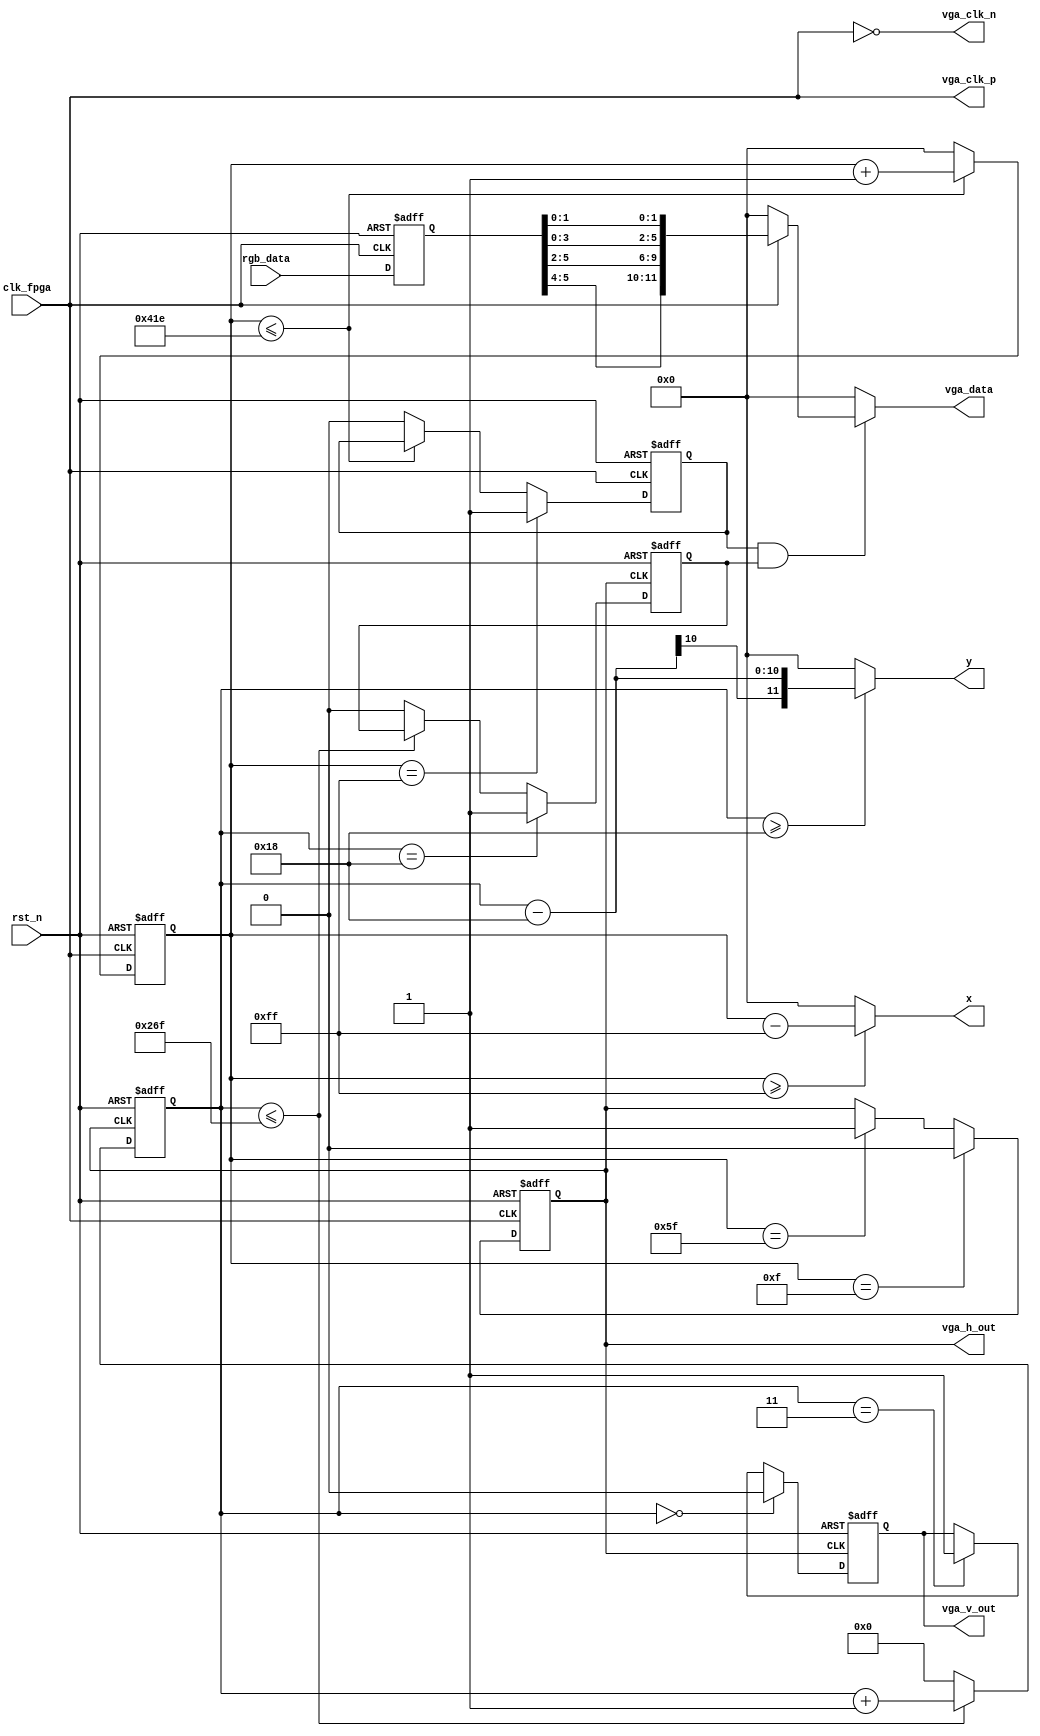

//800x600
module vga_out(
	 input clk_fpga,
    input rst_n,
 // input rst,
	 output vga_clk_p,
    output vga_clk_n,
    output vga_h_out,
    output vga_v_out,
    output [11:0] vga_data,
	output reg [11:0] x,
	output reg [11:0] y,
    input [5:0] rgb_data
    );
	 
wire rst1=!rst_n;

/*
//DVI clock generation
diff_clk_gen diff_clk_gen_i(
    .clk_in     (clk_fpga),
	 .rst_in     (rst1),
	 .clk0_out   (vga_clk_p),
	 .clk180_out (vga_clk_n)
);
*/

	assign vga_clk_p = clk_fpga;
	assign vga_clk_n = ~clk_fpga;

reg vga_hs;
reg vga_vs;			
/*
//800x600, 60Hz, clk=40MHz

parameter h_front=40;
parameter h_syn=128;
parameter h_back=88;
parameter h_act=800;

parameter v_front=1;
//parameter v_syn=9;
//parameter v_back=18;
parameter v_syn=4;
parameter v_back=23;
parameter v_act=600;
reg [23:0] rgb_data0;
*/

//800x600, 75Hz, clk=49.5MHz

parameter h_front=16;
parameter h_syn=80;
parameter h_back=160;
parameter h_act=800;

parameter v_front=1;
parameter v_syn=3;
parameter v_back=21;
parameter v_act=600;
reg [5:0] rgb_data0;


always@(posedge clk_fpga or negedge rst_n)
if(!rst_n) rgb_data0<=6'h0;
else rgb_data0<=rgb_data;



reg [11:0] h_count;
reg h_action;
always@(posedge clk_fpga or negedge rst_n)
if(!rst_n)
	begin
	h_count<=12'b0;
	vga_hs<=1'b1;
	h_action<=1'b0;
	end
else
	begin
	if(h_count<=h_front+h_syn+h_back+h_act-2)
		h_count<=h_count+1'b1;
	else
		begin
		h_count<=12'b0;
		h_action<=1'b0;
		end
	if(h_count==h_front-1)
		vga_hs<=1'b0;
	else if(h_count==h_front+h_syn-1)
		vga_hs<=1'b1;
	if(h_count==h_front+h_syn+h_back-1)
		h_action<=1'b1;		
	end
	

reg [9:0] v_count;
reg v_action;
always@(posedge vga_hs or negedge rst_n)
if(!rst_n)
	begin
	v_count<=10'b0;
	vga_vs<=1'b1;
	v_action<=1'b0;
	end
else
	begin
	if(v_count<=v_front+v_syn+v_back+v_act-2)
		v_count<=v_count+1'b1;
	else
		begin
		v_count<=10'b0;
		v_action<=1'b0;
		end
	if(v_count==v_front-1)
		vga_vs<=1'b0;
	else if(v_count==v_front+v_syn-1)
		vga_vs<=1'b1;
	if(v_count==v_front+v_syn+v_back-1)
		v_action<=1'b1;
	end
	
	
//x, y for block memory
//reg [11:0] x;
//reg [11:0] y;

always@(h_count or v_count)
begin
	if(h_count >= h_front+h_syn+h_back-1)
		x = h_count - (h_front+h_syn+h_back-1);
	else
		x = 0;
	if(v_count>=v_front+v_syn+v_back-1)
		y = v_count - (v_front+v_syn+v_back-1);
	else
		y = 0;
end
	

assign vga_h_out=vga_hs;
assign vga_v_out=vga_vs;

wire vga_de_out;

assign vga_de_out=h_action&v_action;
wire [11:0] rgb_data1;
assign rgb_data1=(clk_fpga==1'b1)?{rgb_data0[5:4],rgb_data0[5:4],rgb_data0[3:2],rgb_data0[3:2],rgb_data0[1:0],rgb_data0[1:0]}:12'd0;

reg [31:0]count_w,count_r;

always@(posedge clk_fpga or negedge rst_n)begin
  if(!rst_n)begin
    count_r <= 31'b0;
  end
  else begin
    count_r <= count_w;
  end
end
//jay
/*
always@(*)begin
  count_w = count_r + 1'b1;
end

always@(*)begin
  if(valid)
    count_w = {rgb_data,20'b0};
  else
    count_w = count_r;
end
*/

//for test
assign vga_data=vga_de_out?(rgb_data1):12'h0;
//assign vga_data=vga_de_out?{rgb_data[23:20],rgb_data[15:12],rgb_data[7:4]}:12'h0;
//assign vga_data=vga_de_out?{12'hf2a0}:12'h0;
//assign vga_data=vga_de_out?{count_r[31:20]}:12'h0;
//assign vga_data=vga_de_out?12'hfff:12'h000;
endmodule